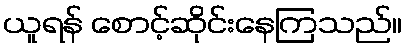
ယူရန် စောင့်ဆိုင်းနေကြသည်။